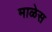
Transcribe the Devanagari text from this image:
माळेस